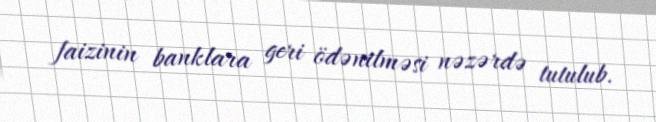
faizinin banklara geri ödənilməsi nəzərdə tutulub.